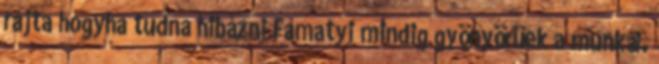
rajta hogyha tudna hibázni Famatyi mindig gyönyörüek a munkái.